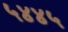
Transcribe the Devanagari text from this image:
५४४५